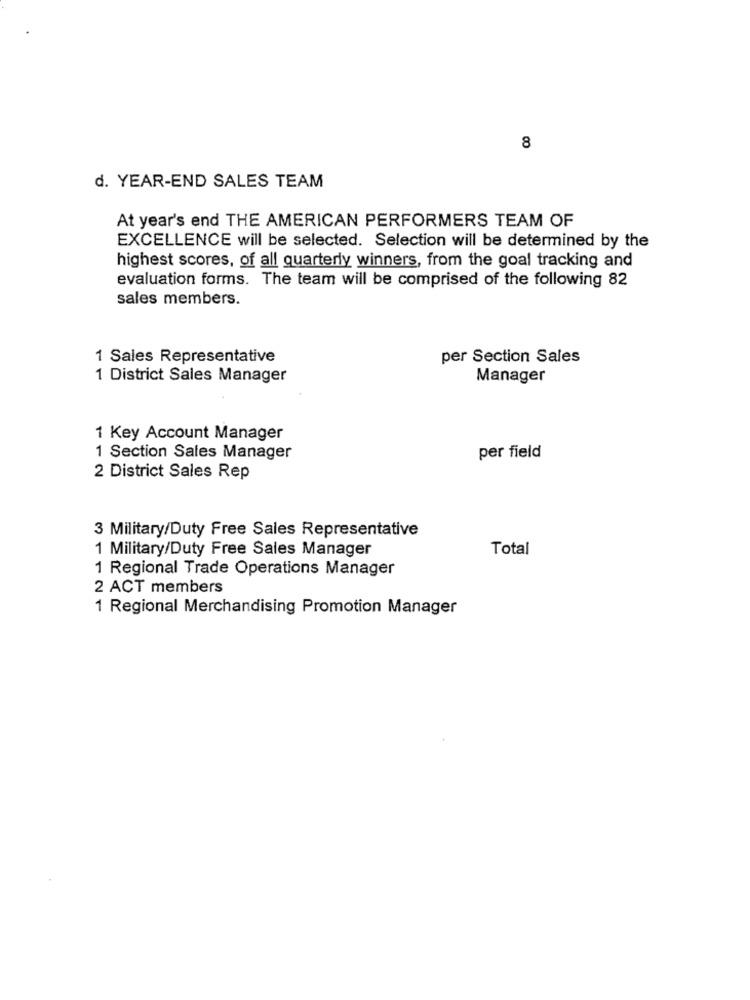
8
d. YEAR-END SALES TEAM
At year's end THE AMERICAN PERFORMERS TEAM OF
EXCELLENCE will be selected. Selection will be determined by the
highest scores, of all quarterly winners, from the goal tracking and
evaluation forms. The team will be comprised of the following 82
sales members.
1 Sales Representative
per Section Sales
1 District Sales Manager
Manager
1 Key Account Manager
1 Section Sales Manager
per field
2 District Sales Rep
3 Military/Duty Free Sales Representative
1 Military/Duty Free Sales Manager
Total
1 Regional Trade Operations Manager
2 ACT members
1 Regional Merchandising Promotion Manager